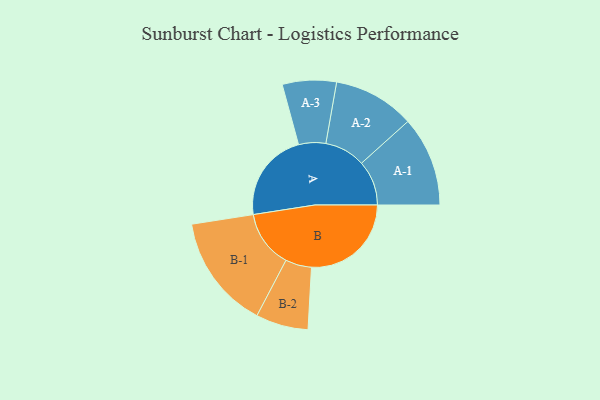
{"axis": {"x": "Segment", "y": "Value"}, "legend": ["", "A", "B"], "data": [{"x": "A", "y": 444, "type": ""}, {"x": "B", "y": 495, "type": ""}, {"x": "A-1", "y": 223, "type": "A"}, {"x": "A-2", "y": 202, "type": "A"}, {"x": "A-3", "y": 134, "type": "A"}, {"x": "B-1", "y": 284, "type": "B"}, {"x": "B-2", "y": 130, "type": "B"}]}